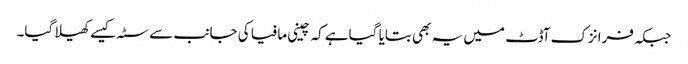
جبکہ فرانزک آڈٹ میں یہ بھی بتایا گیا ہےکہ چینی مافیا کی جانب سے سٹہ کیسےکھیلا گیا۔